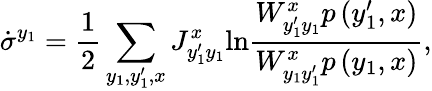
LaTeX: \dot{\sigma}^{y_{1}}=\frac{1}{2}\sum_{y_{1},y_{1}^{\prime},x}J_{y_{1}^{\prime}y_{1}}^{x}\mathrm{ln}\frac{W_{y_{1}^{\prime}y_{1}}^{x}p\left(y_{1}^{\prime},x\right)}{W_{y_{1}y_{1}^{\prime}}^{x}p\left(y_{1},x\right)},